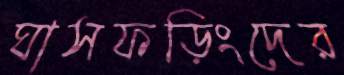
ঘাসফড়িংদের